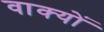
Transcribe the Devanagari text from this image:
वाक्‍यों